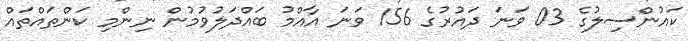
ކައުންސިލުގެ 03 ވަނަ ދައުރުގެ 156 ވަނަ އާއްމު ބައްދަލުވުމުން ނިންމި ކަންތައްތައް